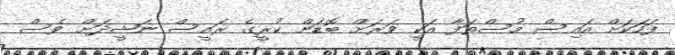
ފަހަކަށް އައިސް މުސްތަފާ އަކީ ވަރަށް ބޮޑަށް ކުރީގެ ރައީސް ނަޝީދަށް ވެސް